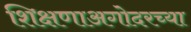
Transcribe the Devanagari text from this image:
शिक्षणाअगोदरच्या